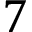
7